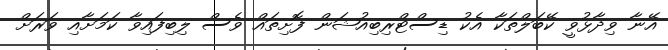
އޭނާ ވިދާޅުވީ ކޭބަލްތަކާ އެކު ޑިސްޓްރިބިއުޝަން ފޮށިތައް ވެސް ލިބިފައިވާ ކަމަށާއި ވަރަށް